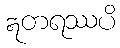
ဣတရဿပိ